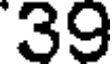
39